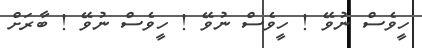
ހީވެސް ނުވޭ ! ހީވެސް ނުވޭ ! ހީވެސް ނުވޭ ! ބާރަށް